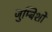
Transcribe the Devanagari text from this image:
जुम्बिशों